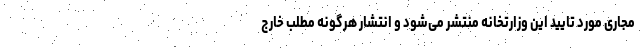
مجاری مورد تایید این وزارتخانه منتشر می‌شود و انتشار هرگونه مطلب خارج